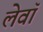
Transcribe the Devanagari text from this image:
लेवॉ